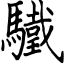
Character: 驖